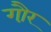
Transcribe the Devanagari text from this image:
गौ़र